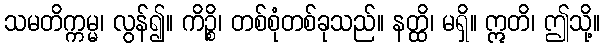
သမတိက္ကမ္မ၊ လွန်၍။ ကိဉ္စိ၊ တစ်စုံတစ်ခုသည်။ နတ္ထိ၊ မရှိ။ ဣတိ၊ ဤသို့။